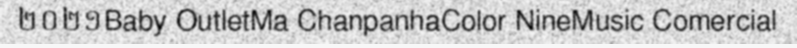
២០២១Baby OutletMa ChanpanhaColor NineMusic Comercial